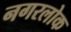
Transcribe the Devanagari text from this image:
नगरलोक